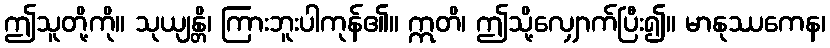
ဤသူတို့ကို။ သုယျန္တိ၊ ကြားဘူးပါကုန်၏။ ဣတိ၊ ဤသို့လျှောက်ပြီး၍။ မာနုဿကေန၊